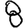
Digit: 8